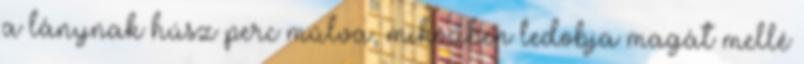
a lánynak húsz perc múlva, miközben ledobja magát mellé